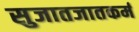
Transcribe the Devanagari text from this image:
सुजातजातकर्म